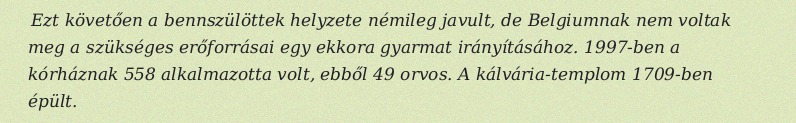
Ezt követően a bennszülöttek helyzete némileg javult, de Belgiumnak nem voltak meg a szükséges erőforrásai egy ekkora gyarmat irányításához. 1997-ben a kórháznak 558 alkalmazotta volt, ebből 49 orvos. A kálvária-templom 1709-ben épült.